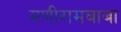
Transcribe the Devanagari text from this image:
मणीरामबाबा